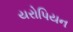
યરોપિયન